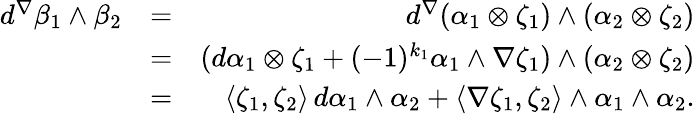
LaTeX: \begin{array}{rlr}{d^{\nabla}\beta_{1}\wedge\beta_{2}}&{=}&{d^{\nabla}(\alpha_{1}\otimes\zeta_{1})\wedge(\alpha_{2}\otimes\zeta_{2})}\\ &{=}&{(d\alpha_{1}\otimes\zeta_{1}+(-1)^{k_{1}}\alpha_{1}\wedge\nabla\zeta_{1})\wedge(\alpha_{2}\otimes\zeta_{2})}\\ &{=}&{\langle\zeta_{1},\zeta_{2}\rangle\, d\alpha_{1}\wedge\alpha_{2}+\langle\nabla\zeta_{1},\zeta_{2}\rangle\wedge\alpha_{1}\wedge\alpha_{2}.}\end{array}